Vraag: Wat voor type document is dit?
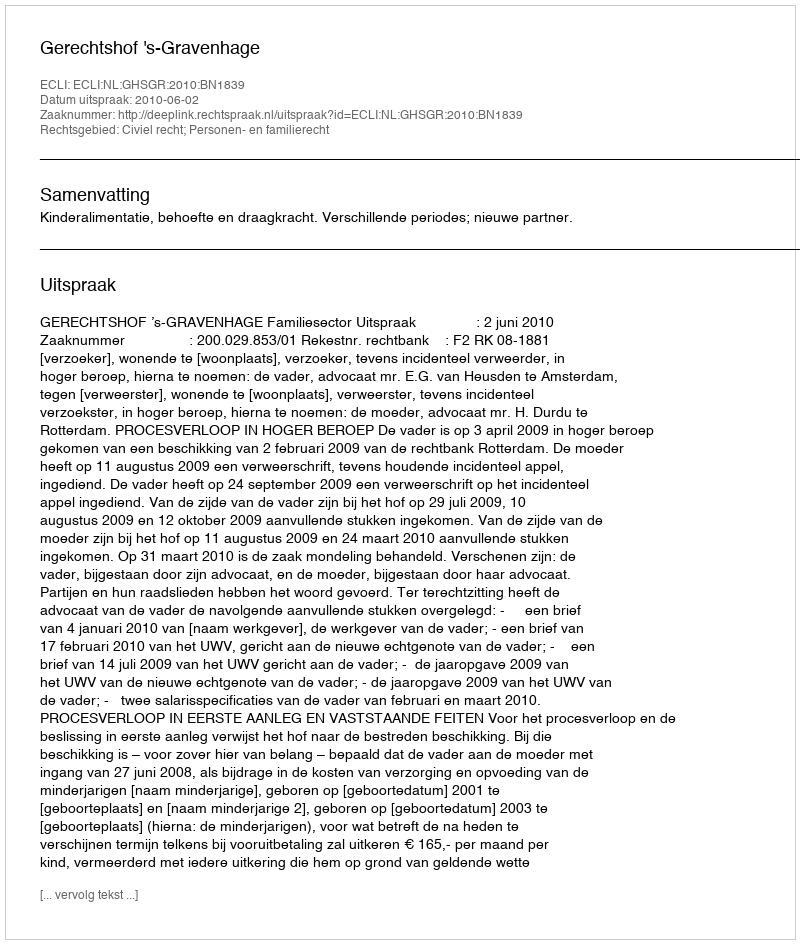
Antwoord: Uitspraak